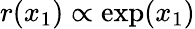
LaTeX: r(x_{1})\propto\exp(x_{1})